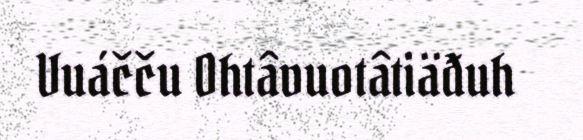
Vuáčču Ohtâvuotâtiäđuh